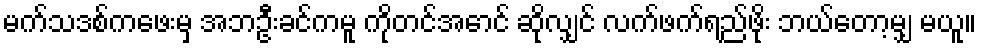
မက်သဒစ်ကဖေးမှ အဘဦးခင်ကမူ ကိုတင်အောင် ဆိုလျှင် လက်ဖက်ရည်ဖိုး ဘယ်တော့မျှ မယူ။